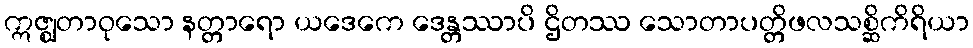
ဣဇ္ဈတာဝုသော နတ္တာရော ယဒေကေ ဒေန္တဿာပိ ဌိတဿ သောတာပတ္တိဖလသစ္ဆိကိရိယာ